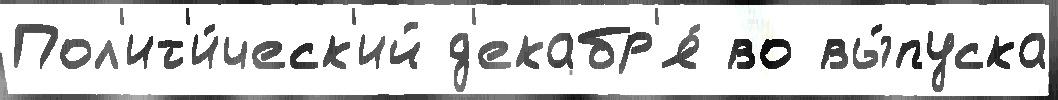
Пол'ит'и́ческ'ий д'екабр'я́ во вы́пуска